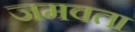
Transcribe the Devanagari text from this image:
जमवता